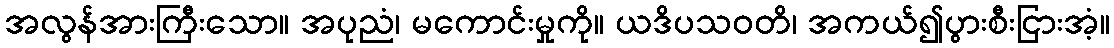
အလွန်အားကြီးသော။ အပုညံ၊ မကောင်းမှုကို။ ယဒိပသဝတိ၊ အကယ်၍ပွားစီးငြားအံ့။